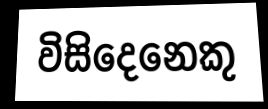
විසිදෙනෙකු